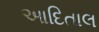
આદિતાલ